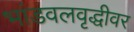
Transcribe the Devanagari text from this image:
भांडवलवृद्धीवर